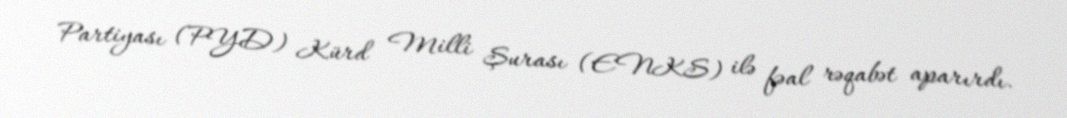
Partiyası (PYD) Kürd Milli Şurası (ENKS) ilə fəal rəqabət aparırdı.